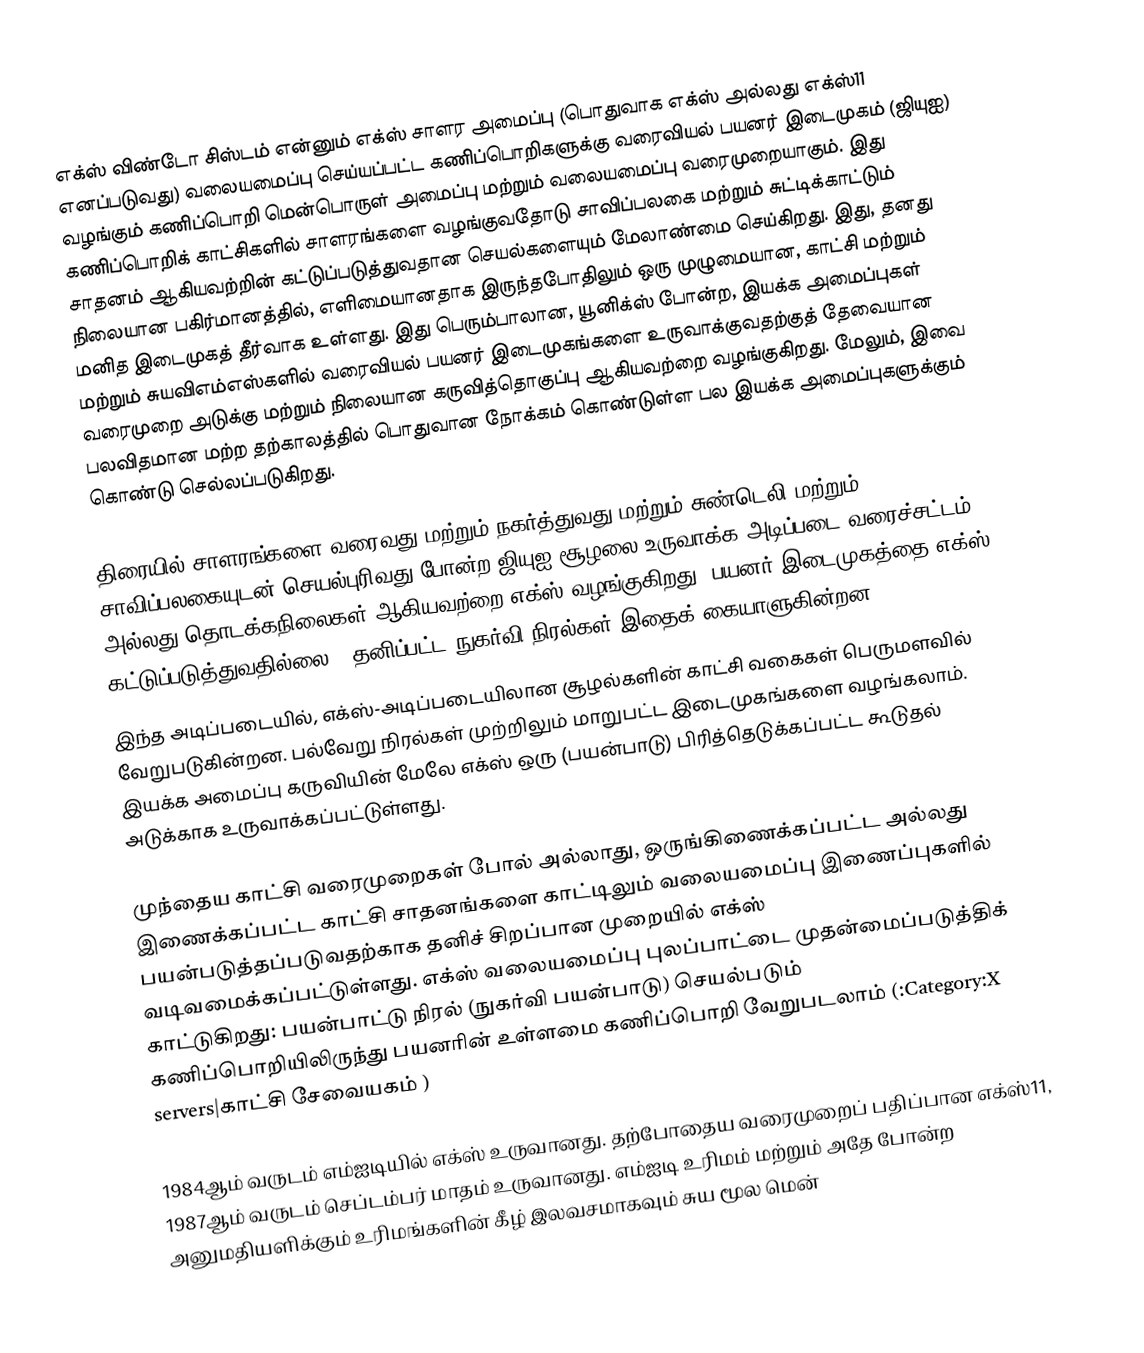
எக்ஸ் விண்டோ சிஸ்டம் என்னும் எக்ஸ் சாளர அமைப்பு (பொதுவாக எக்ஸ் அல்லது எக்ஸ்11 எனப்படுவது) வலையமைப்பு செய்யப்பட்ட கணிப்பொறிகளுக்கு வரைவியல் பயனர் இடைமுகம் (ஜியுஐ) வழங்கும் கணிப்பொறி மென்பொருள் அமைப்பு மற்றும் வலையமைப்பு வரைமுறையாகும். இது கணிப்பொறிக் காட்சிகளில் சாளரங்களை வழங்குவதோடு சாவிப்பலகை மற்றும் சுட்டிக்காட்டும் சாதனம் ஆகியவற்றின் கட்டுப்படுத்துவதான செயல்களையும் மேலாண்மை செய்கிறது. இது, தனது நிலையான பகிர்மானத்தில், எளிமையானதாக இருந்தபோதிலும் ஒரு முழுமையான, காட்சி மற்றும் மனித இடைமுகத் தீர்வாக உள்ளது. இது பெரும்பாலான, யூனிக்ஸ் போன்ற, இயக்க அமைப்புகள் மற்றும் சுயவிஎம்எஸ்களில் வரைவியல் பயனர் இடைமுகங்களை உருவாக்குவதற்குத் தேவையான வரைமுறை அடுக்கு மற்றும் நிலையான கருவித்தொகுப்பு ஆகியவற்றை வழங்குகிறது. மேலும், இவை பலவிதமான மற்ற தற்காலத்தில் பொதுவான நோக்கம் கொண்டுள்ள பல இயக்க அமைப்புகளுக்கும் கொண்டு செல்லப்படுகிறது.

திரையில் சாளரங்களை வரைவது மற்றும் நகர்த்துவது மற்றும் சுண்டெலி மற்றும் சாவிப்பலகையுடன் செயல்புரிவது போன்ற ஜியுஐ சூழலை உருவாக்க அடிப்படை வரைச்சட்டம் அல்லது தொடக்கநிலைகள் ஆகியவற்றை எக்ஸ் வழங்குகிறது. பயனர் இடைமுகத்தை எக்ஸ் கட்டுப்படுத்துவதில்லை - தனிப்பட்ட நுகர்வி நிரல்கள் இதைக் கையாளுகின்றன.
இந்த அடிப்படையில், எக்ஸ்-அடிப்படையிலான சூழல்களின் காட்சி வகைகள் பெருமளவில் வேறுபடுகின்றன. பல்வேறு நிரல்கள் முற்றிலும் மாறுபட்ட இடைமுகங்களை வழங்கலாம். இயக்க அமைப்பு கருவியின் மேலே எக்ஸ் ஒரு (பயன்பாடு) பிரித்தெடுக்கப்பட்ட கூடுதல் அடுக்காக உருவாக்கப்பட்டுள்ளது.

முந்தைய காட்சி வரைமுறைகள் போல் அல்லாது, ஒருங்கிணைக்கப்பட்ட அல்லது இணைக்கப்பட்ட காட்சி சாதனங்களை காட்டிலும் வலையமைப்பு இணைப்புகளில் பயன்படுத்தப்படுவதற்காக தனிச் சிறப்பான முறையில் எக்ஸ் வடிவமைக்கப்பட்டுள்ளது. எக்ஸ் வலையமைப்பு புலப்பாட்டை முதன்மைப்படுத்திக் காட்டுகிறது: பயன்பாட்டு நிரல் (நுகர்வி பயன்பாடு) செயல்படும் கணிப்பொறியிலிருந்து பயனரின் உள்ளமை கணிப்பொறி வேறுபடலாம் (:Category:X servers|காட்சி சேவையகம் )

1984ஆம் வருடம் எம்ஐடியில் எக்ஸ் உருவானது. தற்போதைய வரைமுறைப் பதிப்பான எக்ஸ்11, 1987ஆம் வருடம் செப்டம்பர் மாதம் உருவானது. எம்ஐடி உரிமம் மற்றும் அதே போன்ற அனுமதியளிக்கும் உரிமங்களின் கீழ் இலவசமாகவும் சுய மூல மென்